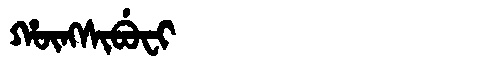
Manchu: ᡥᡡᠩᠰᡳᠪᡠᠸᡳ
Romanization: HŪNGSIBUFI